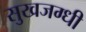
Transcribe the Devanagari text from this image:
सुखजग्धी